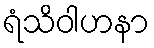
ရံသိဝါဟနာ